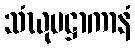
သံဃုပဋ္ဌာကာနံ